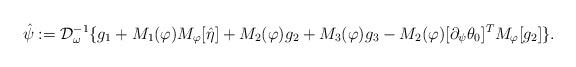
LaTeX: \begin{align*} \hat{\psi}:=\mathcal{D}_{\omega}^{-1}\{g_1+M_1(\varphi)M_{\varphi} [\hat{\eta}]+M_2(\varphi) g_2+M_3(\varphi) g_3-M_2(\varphi)[\partial_{\psi} \theta_0]^T M_{\varphi}[ g_2 ]\}. \end{align*}